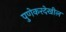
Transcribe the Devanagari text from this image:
पुणेकरदेखील